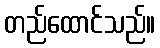
တည်ထောင်သည်။